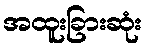
အထူးခြားဆုံး